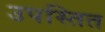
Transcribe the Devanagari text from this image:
उपस्तित